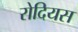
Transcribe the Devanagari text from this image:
रोदियस